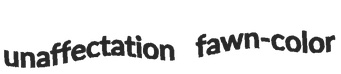
unaffectation fawn-color